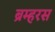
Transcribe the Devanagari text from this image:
ब्रम्हरस